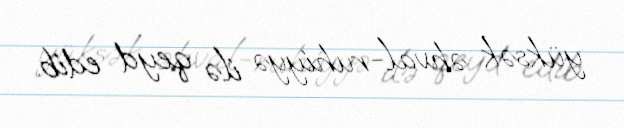
yüksək əhval-ruhiyyə ilə qeyd edib.